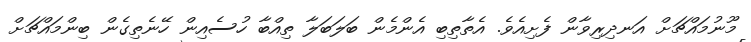
މޫނުމައްޗަށް އަނދިރިވާން ފެށިއެވެ. އެތާތިބި އެންމެން ބަލަބަލާ ތިއްބާ ހުސެއިން ހޭނެތިގެން ބިންމައްޗަށް